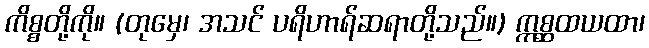
ကိစ္စတို့ကို။ (တုမှေ၊ အသင် ပရိဟာရ်ဆရာတို့သည်။) ဣစ္ဆထယထာ၊